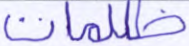
ظلمات